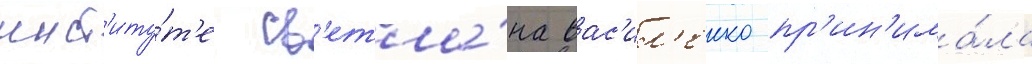
инст'иту́т'е св'етла́на вас'ил'енко пр'ин'има́ла